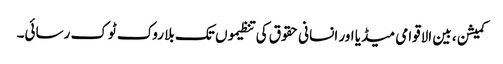
کمیشن ، بین الاقوامی میڈیا اور انسانی حقوق کی تنظیموں تک بلا روک ٹوک رسائی۔